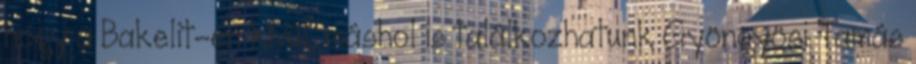
hogy a Bakelit-en kívül, máshol is találkozhatunk Gyöngyösi Tamás